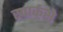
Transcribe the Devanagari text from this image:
स्पार्कसे